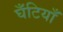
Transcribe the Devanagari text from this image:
घँटियाँ